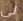
لي